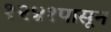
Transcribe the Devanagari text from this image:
१२४१पासून